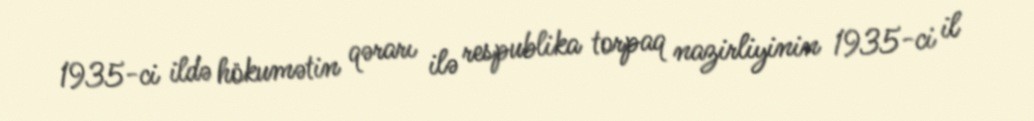
1935-ci ildə hökumətin qərarı ilə respublika torpaq nazirliyinin 1935-ci il